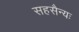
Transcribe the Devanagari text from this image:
सहसैन्यः